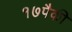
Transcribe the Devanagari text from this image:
१७पैकी